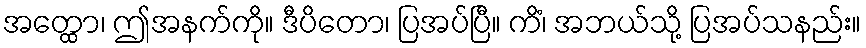
အတ္ထော၊ ဤအနက်ကို။ ဒီပိတော၊ ပြအပ်ပြီ။ ကိံ၊ အဘယ်သို့ ပြအပ်သနည်း။